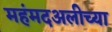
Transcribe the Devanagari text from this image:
महंमदअलीच्या